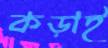
কড়াই